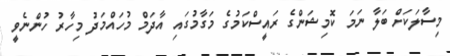
މިސާލަކަށް ބަލާ ނަމަ ކޮމިޝަންގެ ރައީސްކަމުގެ މަގާމުގައި އާދަމް މުހައްމަދު މިހާރު ހުންނެވީ